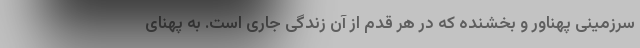
سرزمینی پهناور و بخشنده که در هر قدم از آن زندگی جاری است. به پهنای